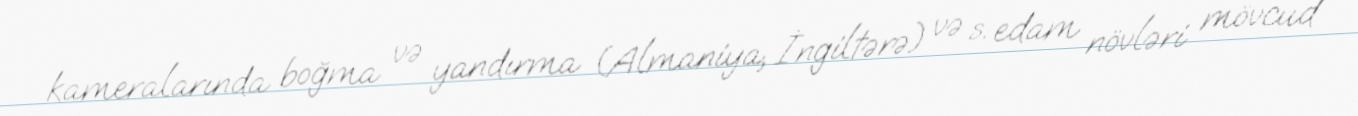
kameralarında boğma və yandırma (Almaniya, İngiltərə) və s. edam növləri mövcud